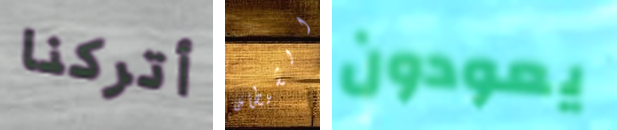
أتركنا الشيطان يعودون